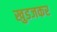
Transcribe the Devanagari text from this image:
खुडजकर